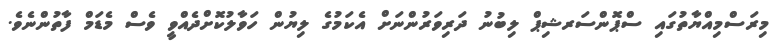
މިރަސްމިއްޔާތުގައި ސްޕޮންސަރޝިޕް ލިބުނު ދަރިވަރުންނަށް އެކަމުގެ ލިޔުން ހަވާލުކޮށްދެއްވީ ވެސް މެޑަމް ފާތުންނެވެ.